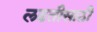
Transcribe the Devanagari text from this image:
लढतीसाठी